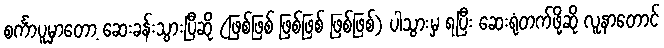
စင်္ကာပူမှာတော့ ဆေးခန်းသွားပြီဆို (ဖြစ်ဖြစ် ဖြစ်ဖြစ် ဖြစ်ဖြစ်) ပါသွားမှ ရပြီး ဆေးရုံတက်ဖို့ဆို လူနာတောင်